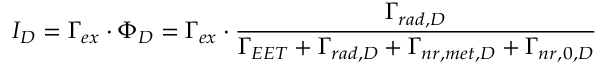
I _ { D } = \Gamma _ { e x } \cdot \Phi _ { D } = \Gamma _ { e x } \cdot \frac { \Gamma _ { r a d , D } } { \Gamma _ { E E T } + \Gamma _ { r a d , D } + \Gamma _ { n r , m e t , D } + \Gamma _ { n r , 0 , D } }